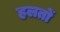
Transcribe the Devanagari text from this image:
हलतों